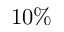
1 0 \%